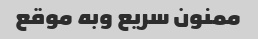
ممنون سریع وبه موقع